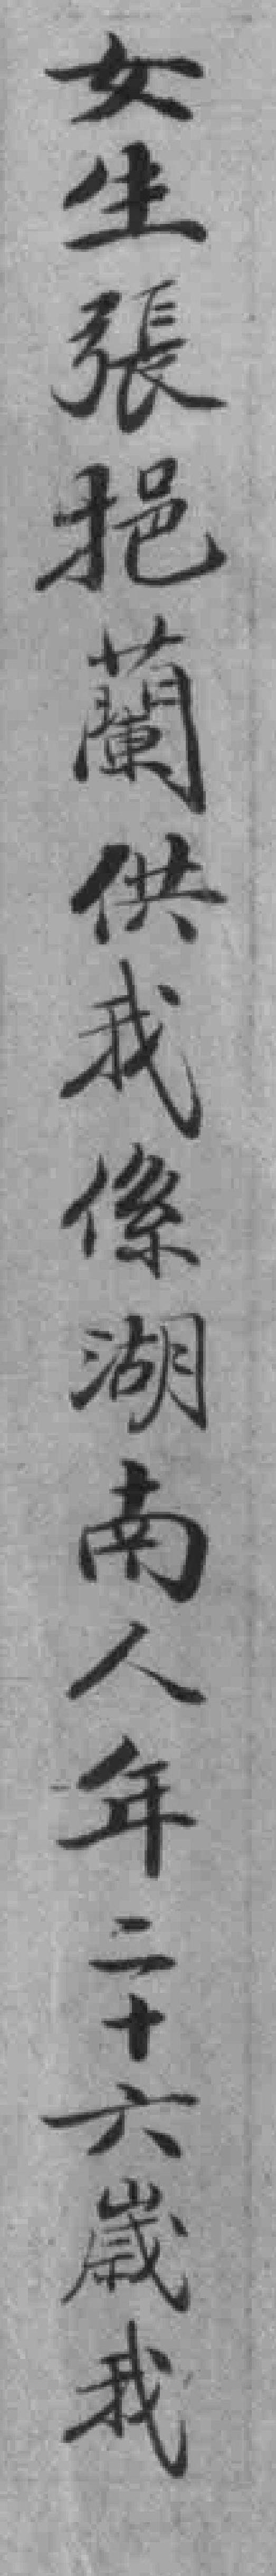
女生張挹蘭供我係湖南人年二十六歲我